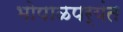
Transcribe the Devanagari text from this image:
भोपाळपर्यंत